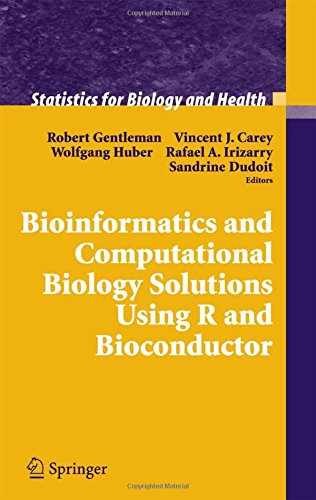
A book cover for Bioinformatics and Computational Biology Solutions Using R and Bioconductor (Statistics for Biology and Health); Computers & Technology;